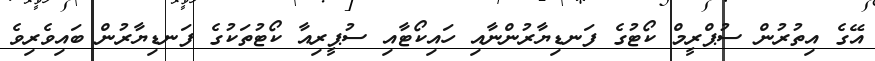
އޭގެ އިތުރުން ސުޕްރީމް ކޯޓުގެ ފަނޑިޔާރުންނާއި ހައިކޯޓާއި ސުޕީރިއާ ކޯޓުތަކުގެ ފަނޑިޔާރުން ބައިވެރިވެ